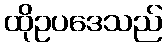
ထိုဥပဒေသည်